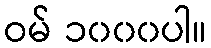
ဝမ် ၁၀၀၀ပါ။